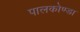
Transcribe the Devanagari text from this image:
पालकोण्डा